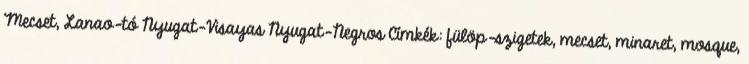
Mecset, Lanao-tó Nyugat-Visayas Nyugat-Negros Címkék: fülöp-szigetek, mecset, minaret, mosque,